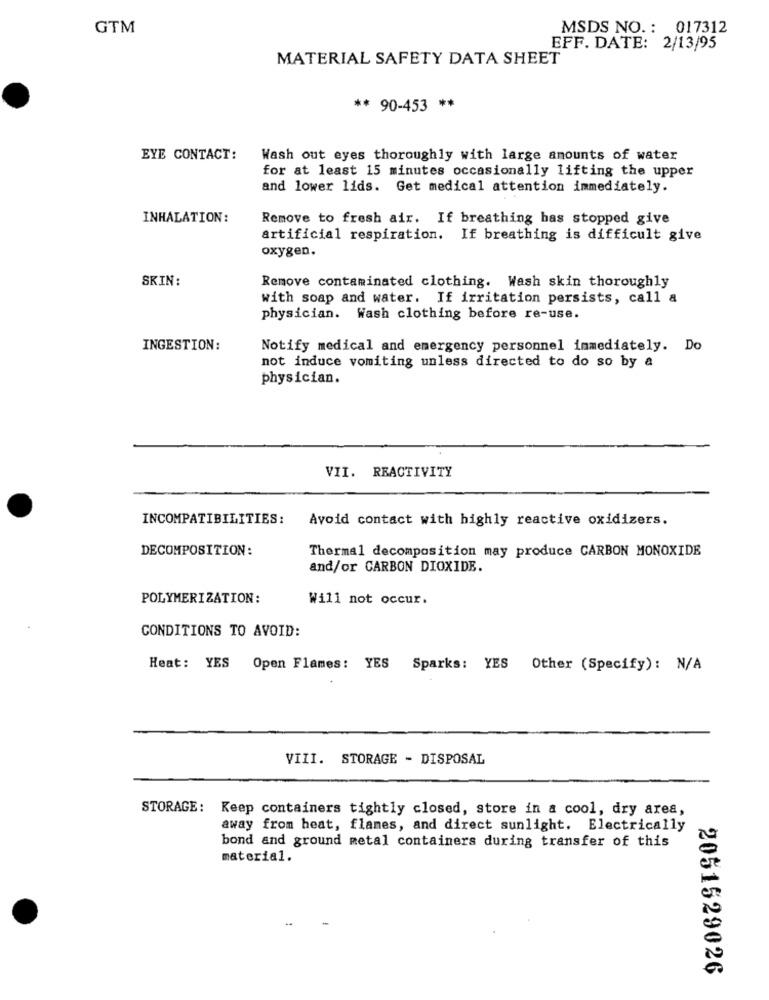
GTM
MSDS NO. : 017312
EFF. DATE: 2/13/95
MATERIAL SAFETY DATA SHEET
** 90-453 **
EYE CONTACT:
Wash out eyes thoroughly with large amounts of water
for at least 15 minutes occasionally lifting the upper
and lower lids. Get medical attention immediately.
INHALATION:
Remove to fresh air. If breathing has stopped give
artificial respiration. If breathing is difficult give
oxygen.
SKIN :
Remove contaminated clothing. Wash skin thoroughly
with soap and water. If irritation persists, call a
physician. Wash clothing before re-use.
INGESTION:
Notify medical and emergency personnel immediately. Do
not induce vomiting unless directed to do so by a
physician.
VII. REACTIVITY
INCOMPATIBILITIES:
Avoid contact with highly reactive oxidizers.
DECOMPOSITION:
Thermal decomposition may produce CARBON MONOXIDE
and/or CARBON DIOXIDE.
POLYMERIZATION:
Will not occur.
CONDITIONS TO AVOID:
Heat: YES
Open Flames: YES Sparks: YES Other (Specify): N/A
VIII. STORAGE - DISPOSAL
STORAGE: Keep containers tightly closed, store in a cool, dry area,
away from heat, flames, and direct sunlight. Electrically
bond and ground metal containers during transfer of this
material.
2051529026